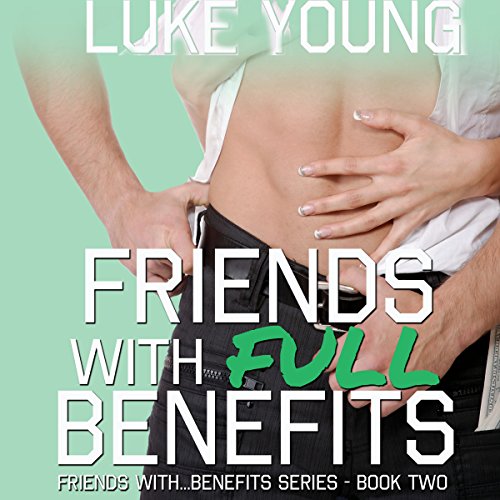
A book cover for Friends with Full Benefits; Luke Young; Literature & Fiction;